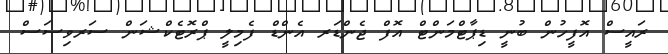
ރައީސް އޮފީހުން ބުނީ ޑިޕާޓްމަންޓް އޮފް ޖެންޑަރ އެންޑް ފެމިލީ ޕްރޮޓެކްޝަން ސަރވިސަސް